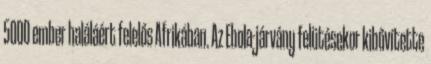
5000 ember haláláért felelős Afrikában. Az Ebola-járvány felütésekor kibővítette